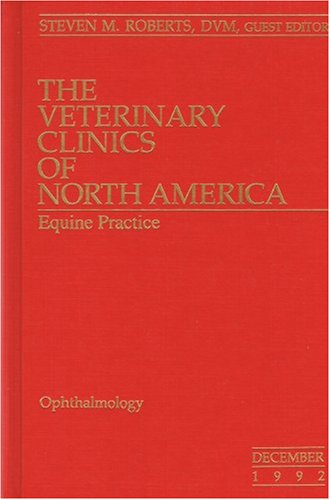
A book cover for The Veterinary Clinics of North America: Equine Practice (Ophthalmology, Volume 8 Number 3 Dec. 1992); Medical Books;